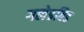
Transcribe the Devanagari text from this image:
गलेडविड